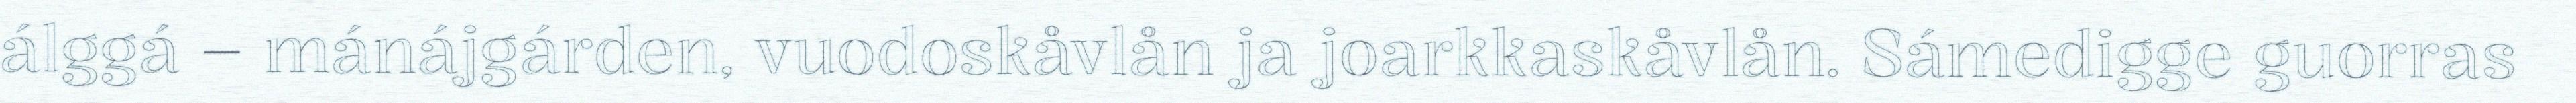
álggá – mánájgárden, vuodoskåvlån ja joarkkaskåvlån. Sámedigge guorras